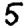
Digit: 5